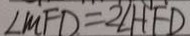
\angle M F D = 2 \angle H F D